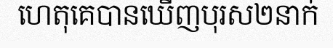
ហេតុគេបានឃើញបុរស២នាក់